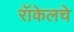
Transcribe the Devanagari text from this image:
रॉकेलचे